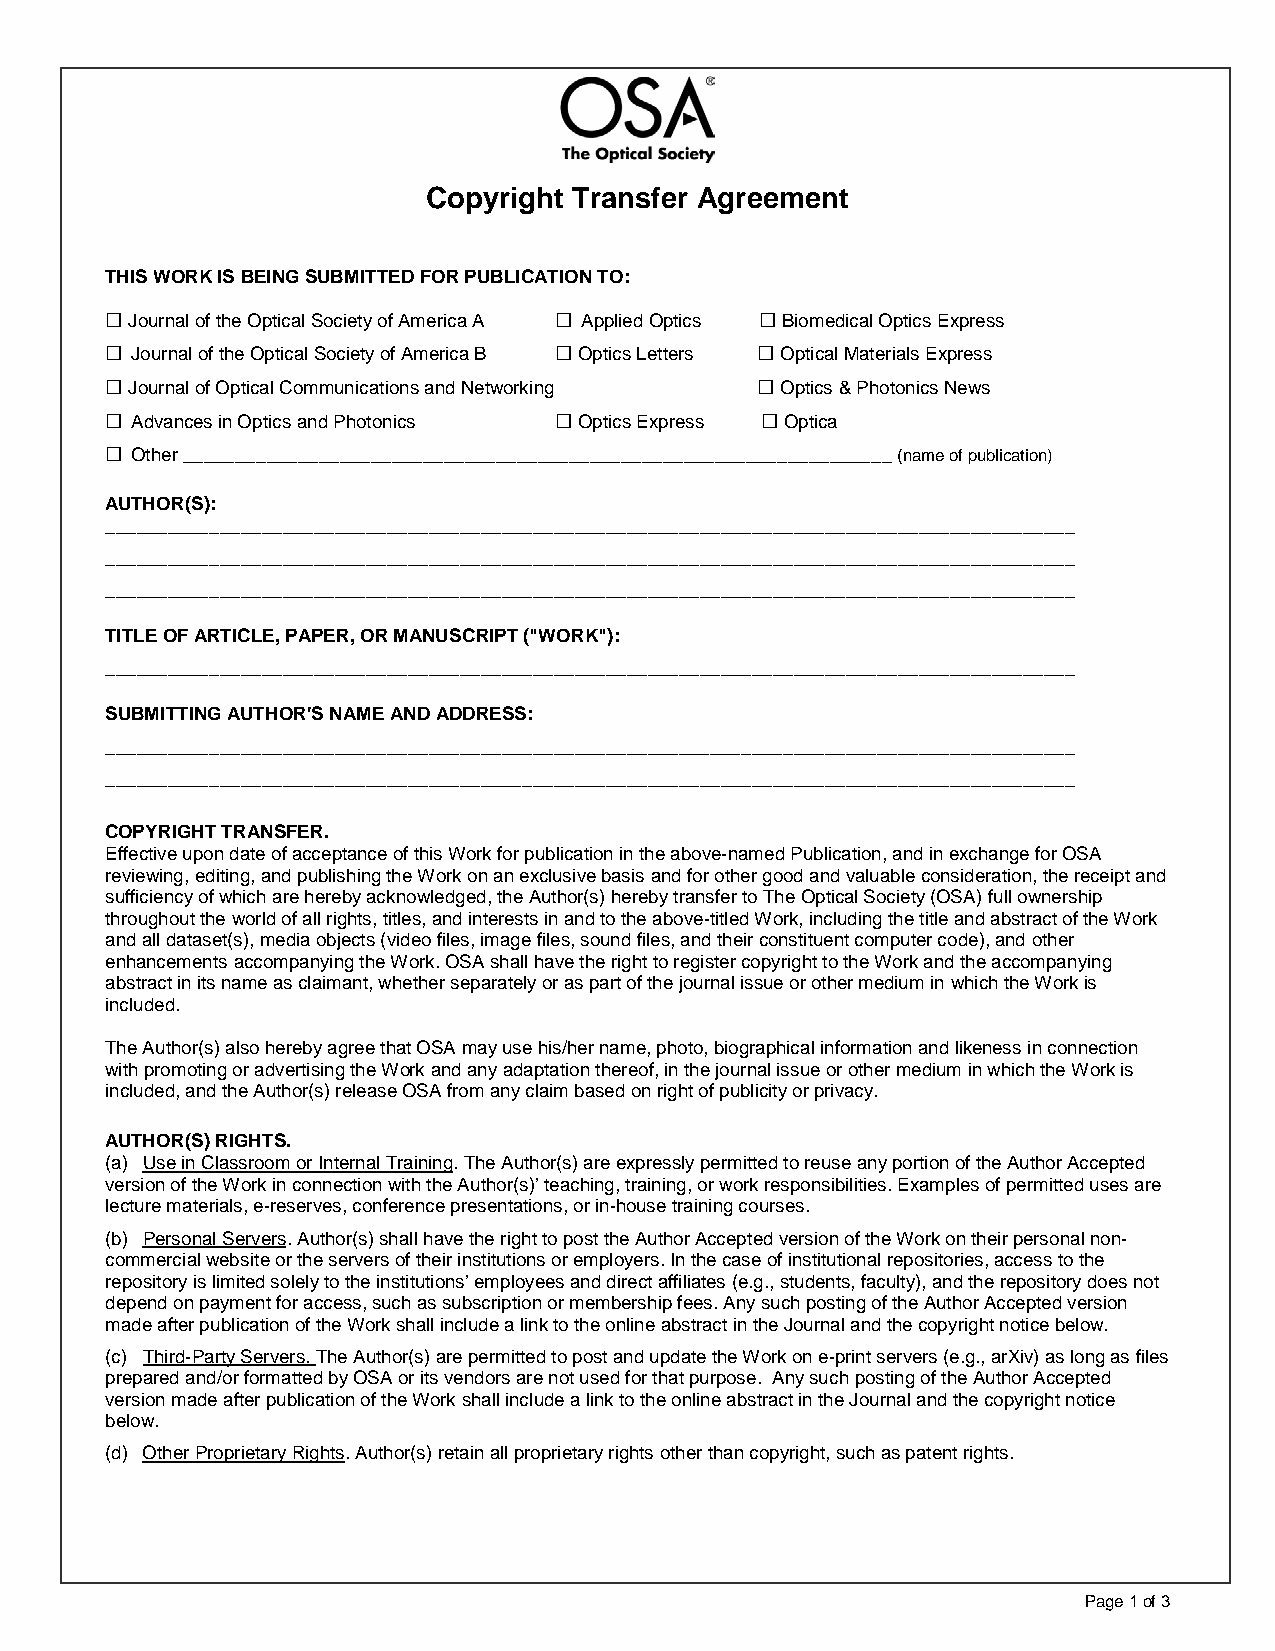
Copyright Transfer Agreement
 THIS WORK IS BEING SUBMITTED FOR PUBLICATION TO:
 □                             □            □
 Journal of the Optical Society of America A Applied Optics Biomedical Optics Express
 □                             □            □
 Journal of the Optical Society of America B Optics Letters Optical Materials Express
 □                                          □
 Journal of Optical Communications and Networking Optics & Photonics News
 □                             □            □
 Advances in Optics and Photonics Optics Express Optica
 □
 Other ____________________________________________________________________ (name of publication)
 AUTHOR(S):
 _____________________________________________________________________________________________
 _____________________________________________________________________________________________
 _____________________________________________________________________________________________
 TITLE OF ARTICLE, PAPER, OR MANUSCRIPT ("WORK"):
 _____________________________________________________________________________________________
 SUBMITTING AUTHOR'S NAME AND ADDRESS:
 _____________________________________________________________________________________________
 _____________________________________________________________________________________________
 COPYRIGHT TRANSFER.
 Effective upon date of acceptance of this Work for publication in the above-named Publication, and in exchange for OSA
 reviewing, editing, and publishing the Work on an exclusive basis and for other good and valuable consideration, the receipt and
 sufficiency of which are hereby acknowledged, the Author(s) hereby transfer to The Optical Society (OSA) full ownership
 throughout the world of all rights, titles, and interests in and to the above-titled Work, including the title and abstract of the Work
 and all dataset(s), media objects (video files, image files, sound files, and their constituent computer code), and other
 enhancements accompanying the Work. OSA shall have the right to register copyright to the Work and the accompanying
 abstract in its name as claimant, whether separately or as part of the journal issue or other medium in which the Work is
 included.
 The Author(s) also hereby agree that OSA may use his/her name, photo, biographical information and likeness in connection
 with promoting or advertising the Work and any adaptation thereof, in the journal issue or other medium in which the Work is
 included, and the Author(s) release OSA from any claim based on right of publicity or privacy.
 AUTHOR(S) RIGHTS.
 (a) Use in Classroom or Internal Training. The Author(s) are expressly permitted to reuse any portion of the Author Accepted
 version of the Work in connection with the Author(s)’ teaching, training, or work responsibilities. Examples of permitted uses are
 lecture materials, e-reserves, conference presentations, or in-house training courses.
 (b) Personal Servers. Author(s) shall have the right to post the Author Accepted version of the Work on their personal non-
 commercial website or the servers of their institutions or employers. In the case of institutional repositories, access to the
 repository is limited solely to the institutions’ employees and direct affiliates (e.g., students, faculty), and the repository does not
 depend on payment for access, such as subscription or membership fees. Any such posting of the Author Accepted version
 made after publication of the Work shall include a link to the online abstract in the Journal and the copyright notice below.
 (c) Third-Party Servers. The Author(s) are permitted to post and update the Work on e-print servers (e.g., arXiv) as long as files
 prepared and/or formatted by OSA or its vendors are not used for that purpose. Any such posting of the Author Accepted
 version made after publication of the Work shall include a link to the online abstract in the Journal and the copyright notice
 below.
 (d) Other Proprietary Rights. Author(s) retain all proprietary rights other than copyright, such as patent rights.
 Page 1 of 3